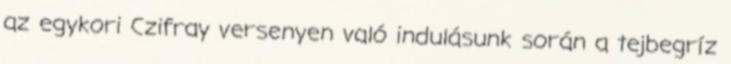
az egykori Czifray versenyen való indulásunk során a tejbegríz